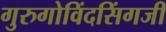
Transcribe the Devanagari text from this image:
गुरुगोविंदसिंगजी